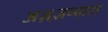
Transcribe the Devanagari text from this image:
अज़्ज़न्दारा